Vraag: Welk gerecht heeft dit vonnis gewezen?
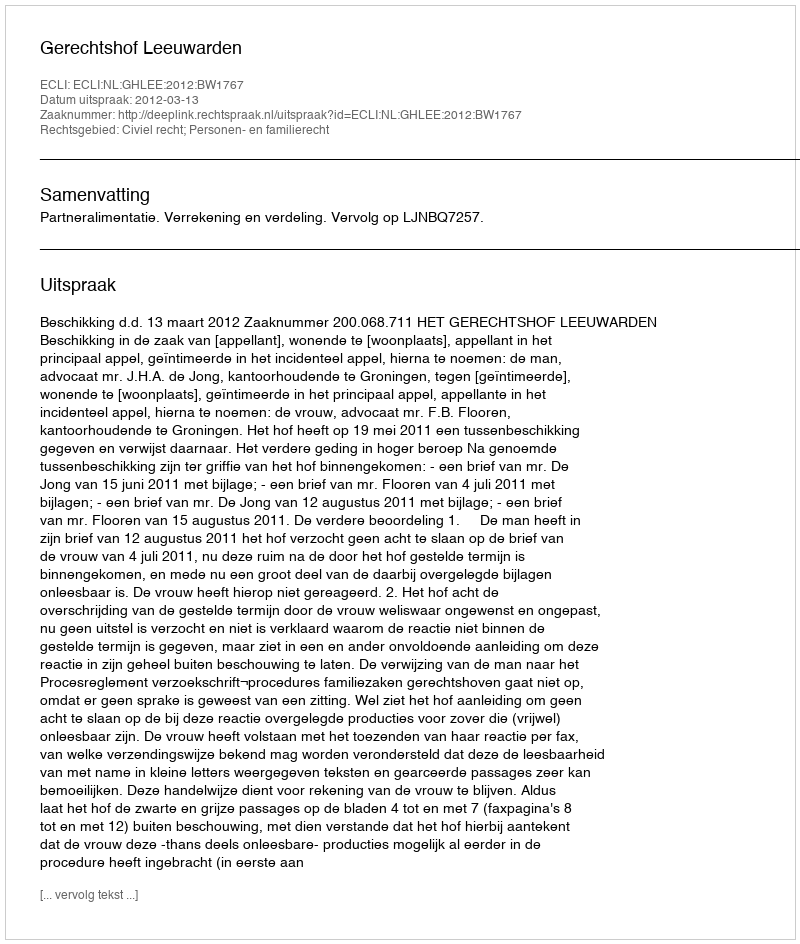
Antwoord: Gerechtshof Leeuwarden